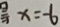
x = - 6